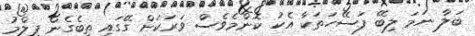
ބަލާ ނަމަ ލިބޭ ފަސޭހަތަކާ އެކު ކޮންމެވެސް ވަރަކަށް ގޭގައި ތިބެގެން ފިލްމު